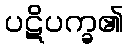
ပဋိပက္ခ၏